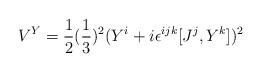
LaTeX: \begin{align*}V^Y = {1 \over 2} ({ 1\over 3})^2 (Y^i + i \epsilon^{ijk} [J^j, Y^k])^2\end{align*}